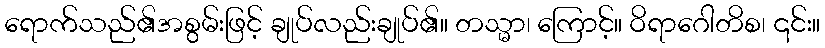
ရောက်သည်၏အစွမ်းဖြင့် ချုပ်လည်းချုပ်၏။ တသ္မာ၊ ကြောင့်။ ဝိရာဂေါတိစ၊ ၎င်း။